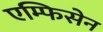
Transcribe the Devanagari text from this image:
एम्फिसेन